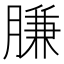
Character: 膁